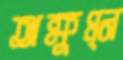
অক্ষুণ্ন্ন